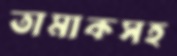
তামাকসহ